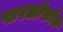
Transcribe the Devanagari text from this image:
पारलोफोन